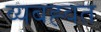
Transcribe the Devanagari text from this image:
व्यबह्वत